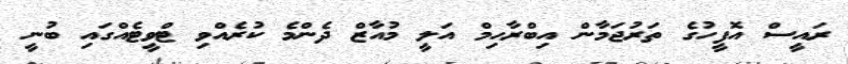
ރައީސް އޮފީހުގެ ތަރުޖަމާން އިބްރާހިމް އަލީ މުއާޒް ދެންމެ ކުރެއްވި ޓްވީޓެއްގައި ބުނީ